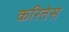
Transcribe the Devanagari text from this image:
करितेस